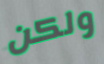
ولكن